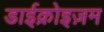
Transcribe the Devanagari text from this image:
डाईक्रोइज़म